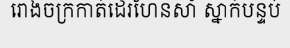
រោងចក្រកាត់ដេរហែនសាំ ស្នាក់បន្ទប់